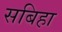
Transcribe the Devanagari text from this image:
सबिहा